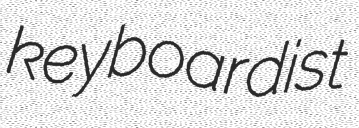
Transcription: keyboardist